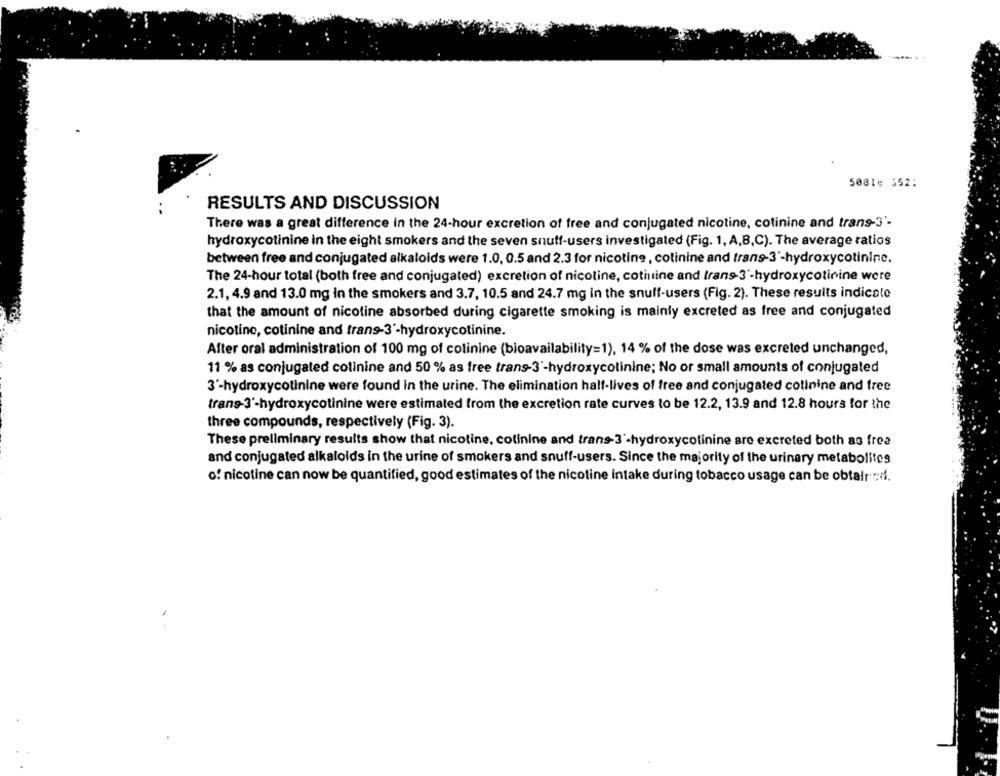
50816 352:
RESULTS AND DISCUSSION
There was a great difference in the 24-hour excretion of free and conjugated nicotine, cotinine and trans-3'-
hydroxycotinine in the eight smokers and the seven snuff-users investigated (Fig. 1, A,B,C). The average ratios
between free and conjugated alkaloids were 1.0, 0.5 and 2.3 for nicotine, colinine and trans-3'-hydroxycotininc.
The 24-hour total (both free and conjugated) excretion of nicoline, cotiuine and trans-3'-hydroxycotinine were
2.1, 4.9 and 13.0 mg in the smokers and 3.7, 10.5 and 24.7 mg in the snuff-users (Fig. 2). These results indicate
that the amount of nicotine absorbed during cigarette smoking is mainly excreted as free and conjugated
nicotine, cotinine and trans-3'-hydroxycotinine.
After oral administration of 100 mg of colinine (bioavailability=1), 14 % of the dose was excreted unchanged,
11 % as conjugated colinine and 50 % as free trans-3'-hydroxycolinine; No or small amounts of conjugated
3'-hydroxycotinine were found in the urine. The elimination half-lives of free and conjugated colinine and free
trans-3'-hydroxycotinine were estimated from the excretion rate curves to be 12.2, 13.9 and 12.8 hours for the
three compounds, respectively (Fig. 3).
These preliminary results show that nicotine, colinine and trans-3'-hydroxycolinine are excreted both as free
and conjugated alkaloids in the urine of smokers and snuff-users. Since the majority of the urinary metabolites
o! nicotine can now be quantified, good estimates of the nicotine intake during tobacco usage can be obtair .